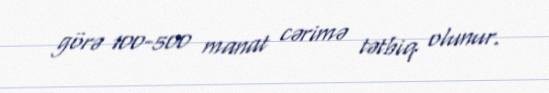
görə 100-500 manat cərimə tətbiq olunur.